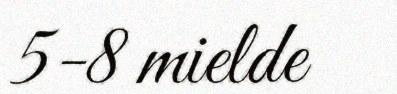
5-8 mielde